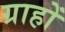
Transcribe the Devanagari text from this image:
ग्राहों